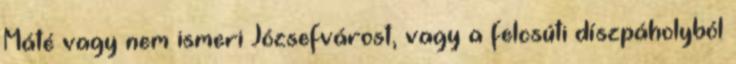
Máté vagy nem ismeri Józsefvárost, vagy a felcsúti díszpáholyból